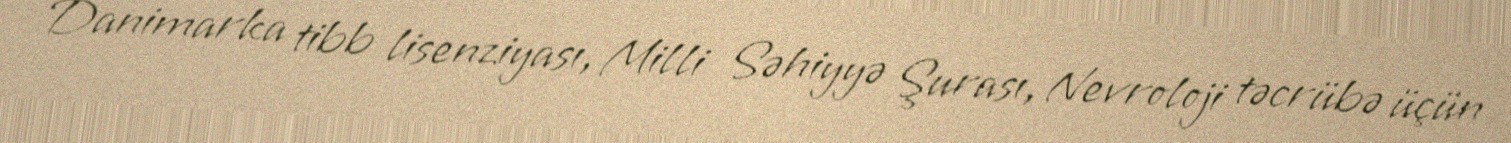
Danimarka tibb lisenziyası, Milli Səhiyyə Şurası, Nevroloji təcrübə üçün